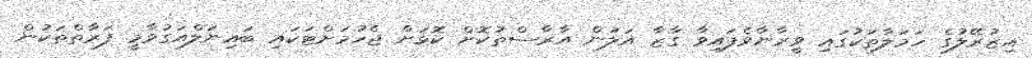
އިޒުރޭލުގެ ހަމަލާތަކުގައި ވީރާނާވެފައިވާ ގާޒާ އަލުން އާރާސްތުކޮށް ކޮޅަށް ޖެހުމަށްޓަކައި ބައިނަލްއަގުވާމީ ފަރާތްތަކުން